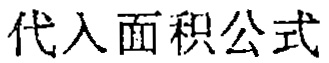
代入面积公式